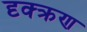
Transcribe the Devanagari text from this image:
दृक्क्रण